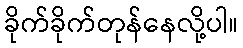
ခိုက်ခိုက်တုန်နေလို့ပါ။